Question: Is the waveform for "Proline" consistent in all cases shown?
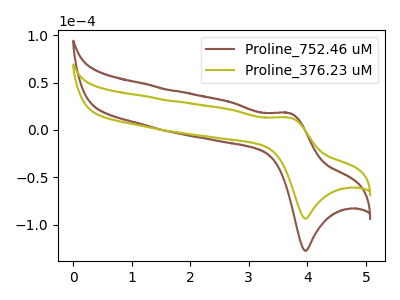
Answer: <think>The brown curve "Proline_752.46 uM" has an anodic peak at (3.70V, 17.90uA) and a cathodic peak at (3.95V, -127.60uA). The olive curve "Proline_376.23 uM" has an anodic peak at (3.70V, 13.10uA) and a cathodic peak at (3.95V, -93.60uA).
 All the peaks in "Proline_752.46 uM" have a peak in "Proline_376.23 uM" at the same potential. Every peak in "Proline_752.46 uM" is higher than every peak in "Proline_376.23 uM".</think>
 <answer>All the CV's of "Proline" have similar shape.</answer>
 <eval>follow_rule</eval>